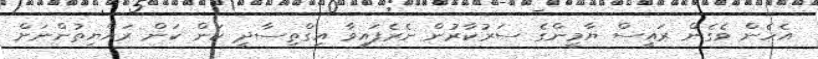
އެހެން ވެގެން ރައީސް ޔާމީންގެ ސަރުކާރުން ނެރެފައިވާ އިގްތިސާދީ ކަން ކަން ރައްޔިތުންނަށް